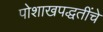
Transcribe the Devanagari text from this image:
पोशाखपद्धतींचे